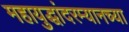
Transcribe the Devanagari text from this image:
महायुद्धांदरम्यानच्या